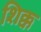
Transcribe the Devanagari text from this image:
शिक्क